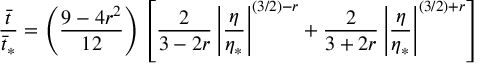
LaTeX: { \frac { \bar { t } } { \bar { t } _ { * } } } = \left( { \frac { 9 - 4 r ^ { 2 } } { 1 2 } } \right) \left[ { \frac { 2 } { 3 - 2 r } } \left| { \frac { \eta } { \eta _ { * } } } \right| ^ { ( 3 / 2 ) - r } + { \frac { 2 } { 3 + 2 r } } \left| { \frac { \eta } { \eta _ { * } } } \right| ^ { ( 3 / 2 ) + r } \right]